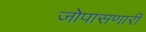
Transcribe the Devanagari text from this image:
जोपासणारी